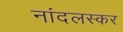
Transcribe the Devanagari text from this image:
नांदलस्कर